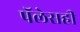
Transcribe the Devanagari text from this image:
पॅलेसही